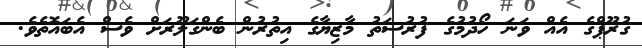
ގުރޫޕްގެ އެއް ވަނަ ހޯދުމުގެ ފުރުސަތު މާޒިޔާގެ އިތުރުން ބެންގަލޫރަށް ވެސް އެބައޮތެވެ.